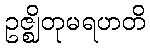
ဥဇ္ဈိတုမရဟတိ